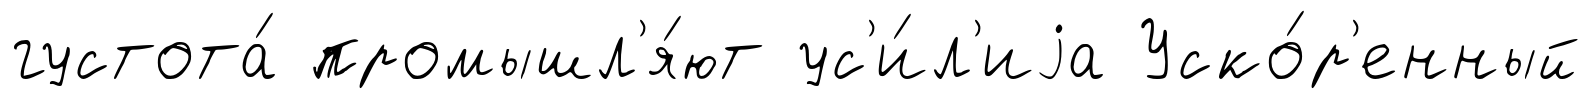
густота́ промышл'я́ют ус'и́л'иjа Уско́р'енный